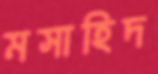
মসাহিদ